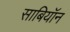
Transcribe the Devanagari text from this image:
साबियॉन